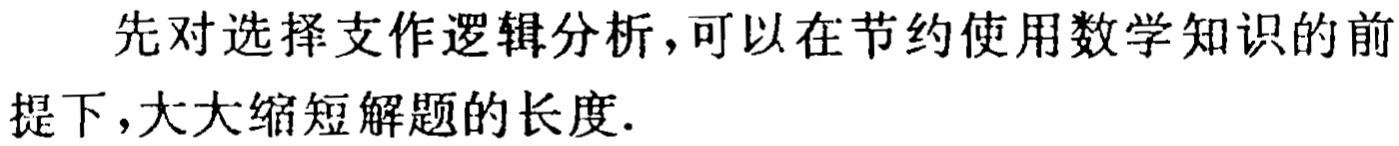
先对选择支作逻辑分析，可以在节约使用数学知识的前提下,大大缩短解题的长度.